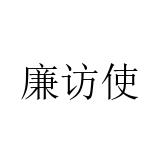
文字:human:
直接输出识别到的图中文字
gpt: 廉访使